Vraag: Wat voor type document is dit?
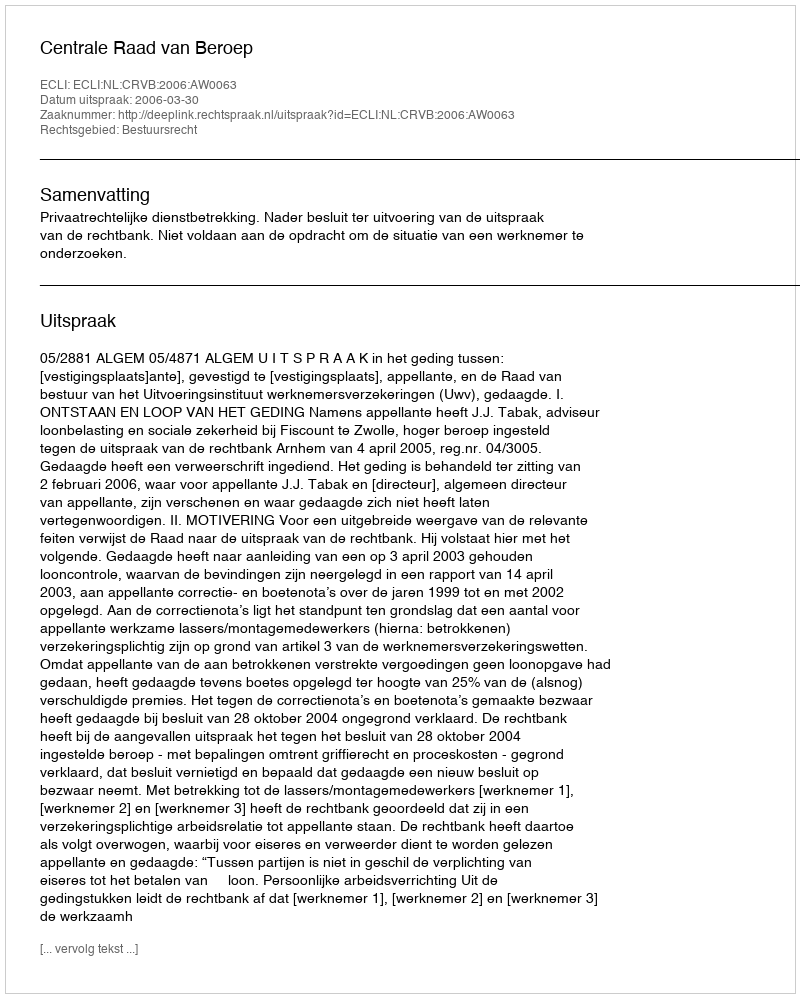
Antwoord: Uitspraak